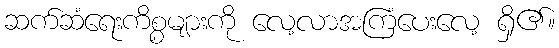
ဆက်ဆံရေးကိစ္စများကို လေ့လာအကြံပေးလေ့ ရှိ၏။